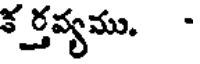
కర్తవ్యము.